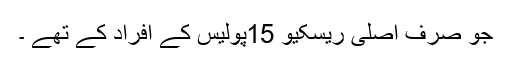
جو صرف اصلی ریسکیو 15پولیس کے افراد کے تھے ۔